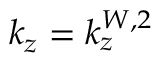
k _ { z } = k _ { z } ^ { W , 2 }